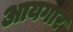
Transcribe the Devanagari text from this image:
आयगार